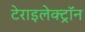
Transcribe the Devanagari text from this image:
टेराइलेक्ट्रॉन